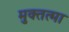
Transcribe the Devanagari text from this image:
मुक्तत्मा